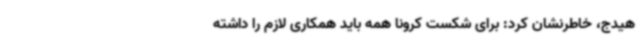
هیدج، خاطرنشان کرد: برای شکست کرونا همه باید همکاری لازم را داشته